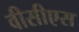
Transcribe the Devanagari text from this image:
वीसीएस